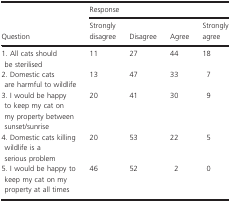
| <ROWSPAN=2> Question | <COLSPAN=4> Response |
 | Strongly disagree | Disagree | Agree | Strongly agree |
 | --- | --- | --- | --- | --- |
 | 1. All cats should be sterilised | 11 | 27 | 44 | 18 |
 | 2. Domestic cats are harmful to wildlife | 13 | 47 | 33 | 7 |
 | 3. I would be happy to keep my cat on my property between sunset/sunrise | 20 | 41 | 30 | 9 |
 | 4. Domestic cats killing wildlife is a serious problem | 20 | 53 | 22 | 5 |
 | 5. I would be happy to keep my cat on my property at all times | 46 | 52 | 2 | 0 |